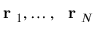
\mathrm { ~ \bf ~ r ~ } _ { 1 } , \dots , \mathrm { ~ \bf ~ r ~ } _ { N }